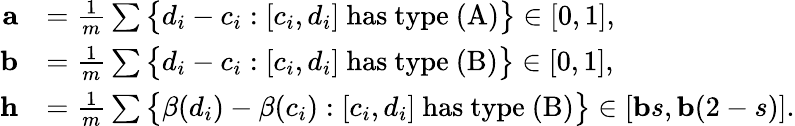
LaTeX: \begin{array}{rl}{\mathbf{a}}&{=\frac{1}{m}\sum\big\{ d_{i}-c_{i}:[c_{i},d_{i}]\mathrm{~has~type~(A)}\big\} \in[0,1],}\\ {\mathbf{b}}&{=\frac{1}{m}\sum\big\{ d_{i}-c_{i}:[c_{i},d_{i}]\mathrm{~has~type~(B)}\big\} \in[0,1],}\\ {\mathbf{h}}&{=\frac{1}{m}\sum\big\{ \beta(d_{i})-\beta(c_{i}):[c_{i},d_{i}]\mathrm{~has~type~(B)}\big\} \in[\mathbf{b}s,\mathbf{b}(2-s)].}\end{array}